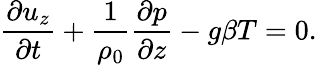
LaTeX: \frac{\partial u_{z}}{\partial t}+\frac{1}{\rho_{0}}\frac{\partial p}{\partial z}-g\beta T=0.